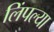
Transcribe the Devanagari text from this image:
लिंपल्या